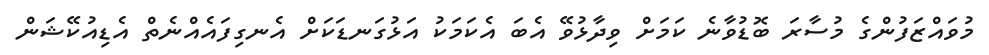
މުވައްޒަފުންގެ މުސާރަ ބޮޑުވާނެ ކަމަށް ވިދާޅުވޭ އެބަ އެކަމަކު އަޅުގަނޑަކަށް އެނގިފައެއްނެތް އެޑިއުކޭޝަން